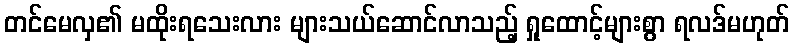
တင်မေလှ၏ မထိုးရသေးလား များသယ်ဆောင်လာသည့် ရှုထောင့်များစွာ ရလဒ်မဟုတ်